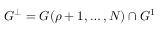
G ^ { \perp } = G ( \rho + 1 , \ldots , N ) \cap G ^ { 1 }